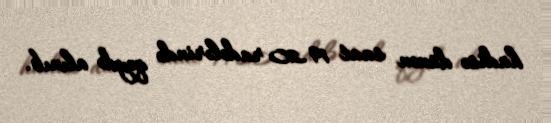
hadisə dünən saat 19.20 radələrində qeydə alınıb.